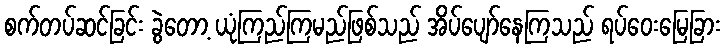
စက်တပ်ဆင်ခြင်း ခွဲတော့ ယုံကြည်ကြမည်ဖြစ်သည် အိပ်ပျော်နေကြသည် ရပ်ဝေးမြေခြား